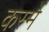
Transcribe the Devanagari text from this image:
कस्में